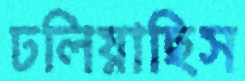
ঢলিয়াছিস